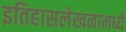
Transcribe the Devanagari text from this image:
इतिहासलेखनामध्ये